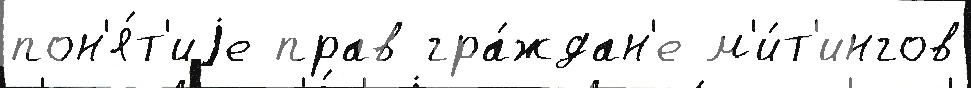
пон'я́т'иjе прав гра́ждан'е м'и́т'ингов